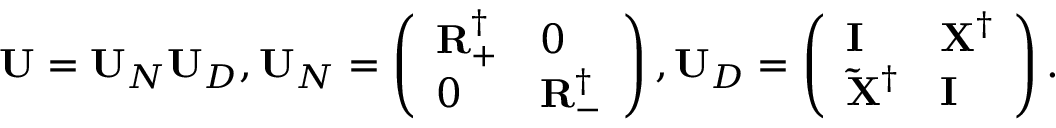
\ensuremath { \mathbf { U } } = \ensuremath { \mathbf { U } } _ { N } \ensuremath { \mathbf { U } } _ { D } , \ensuremath { \mathbf { U } } _ { N } = \left( \begin{array} { l l } { \ensuremath { \mathbf { R } } _ { + } ^ { \dagger } } & { 0 } \\ { 0 } & { \ensuremath { \mathbf { R } } _ { - } ^ { \dagger } } \end{array} \right) , \ensuremath { \mathbf { U } } _ { D } = \left( \begin{array} { l l } { \ensuremath { \mathbf { I } } } & { \ensuremath { \mathbf { X } } ^ { \dagger } } \\ { \ensuremath { \mathbf { \Tilde { X } ^ { \dagger } } } } & { \ensuremath { \mathbf { I } } } \end{array} \right) .